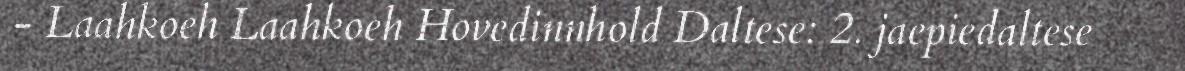
- Laahkoeh Laahkoeh Hovedinnhold Daltese: 2. jaepiedaltese